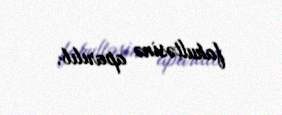
fakultəsinə aparılıb.